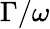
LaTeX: \Gamma/\omega